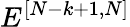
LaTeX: E^{[{{N}-{k}+1},{{N}}]}